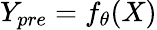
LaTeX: Y_{pre}=f_{\theta}{(X)}